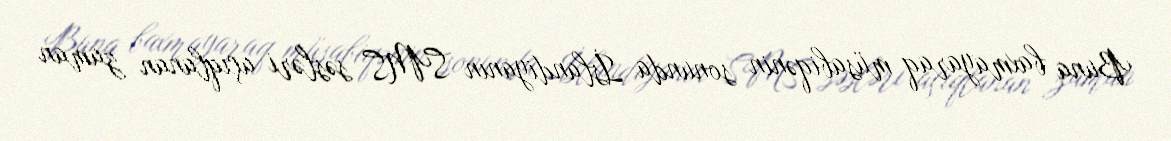
Buna baxmayaraq müsabiqənin sonunda İslandiyanın SMS səsləri açıqlanan zaman